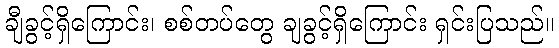
ချီခွင့်ရှိကြောင်း၊ စစ်တပ်တွေ ချခွင့်ရှိကြောင်း ရှင်းပြသည်။